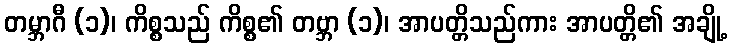
တမ္ဘာဂီ (၁)၊ ကိစ္စသည် ကိစ္စ၏ တဗ္ဘာ (၁)၊ အာပတ္တိသည်ကား အာပတ္တိ၏ အချို့